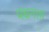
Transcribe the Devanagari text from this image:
प्रधनता